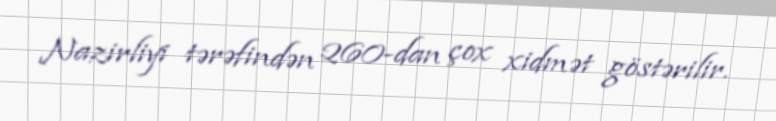
Nazirliyi tərəfindən 260-dan çox xidmət göstərilir.